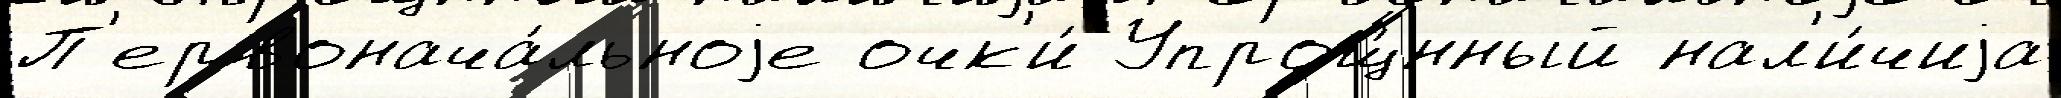
П'ервонача́льноjе очк'и́ Упрощ́нный нал'и́чиjа